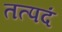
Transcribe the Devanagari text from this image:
तत्पदं